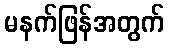
မနက်ဖြန်အတွက်